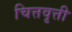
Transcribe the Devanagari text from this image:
चित्तवृत्ती